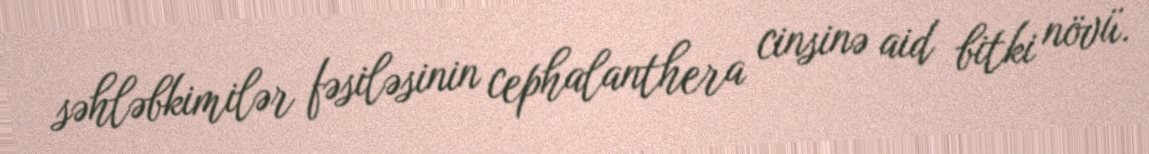
səhləbkimilər fəsiləsinin cephalanthera cinsinə aid bitki növü.